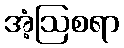
အံ့ဩစရာ